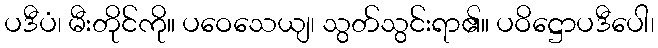
ပဒီပံ၊ မီးတိုင်ကို။ ပဝေသေယျ၊ သွတ်သွင်းရာ၏။ ပဝိဋ္ဌောပဒီပေါ၊